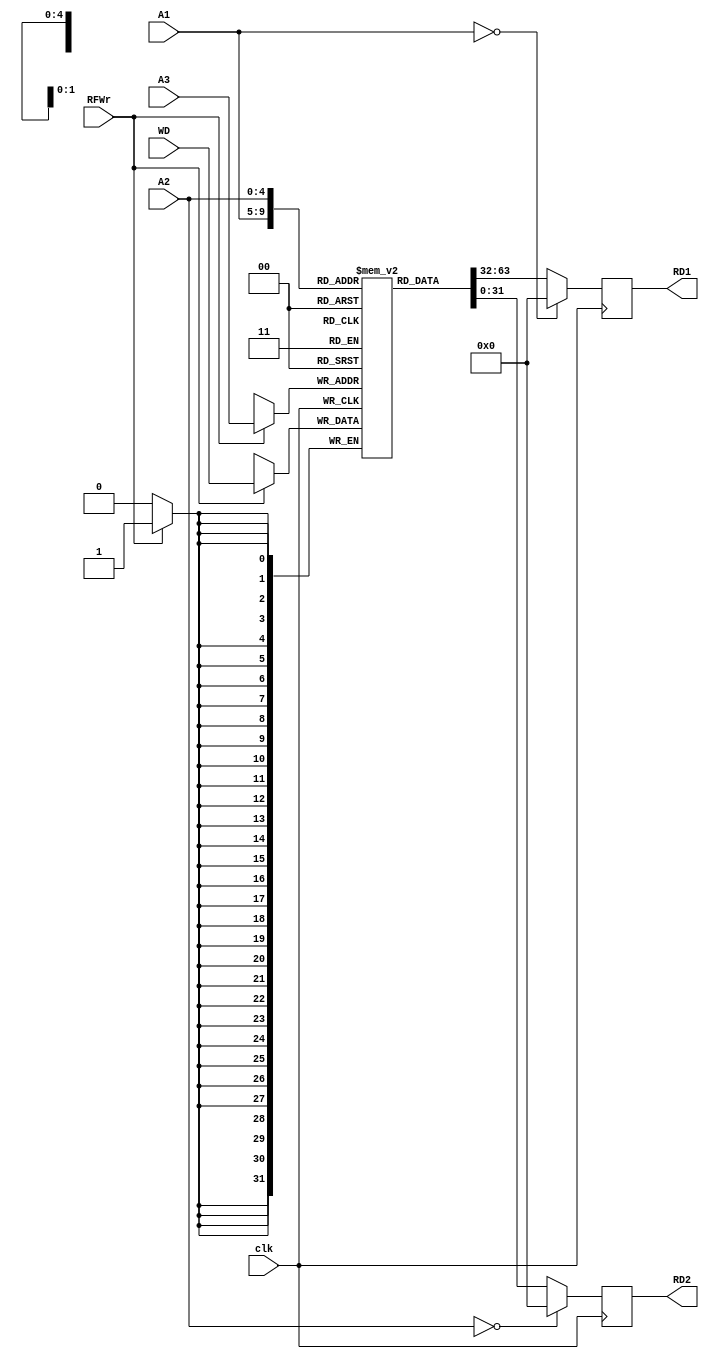
module RF( A1, A2, A3, WD, clk, RFWr, RD1, RD2 );
    
   input  [4:0]  A1, A2, A3;
   input  [31:0] WD;
   input         clk;
   input         RFWr;
   output [31:0] RD1, RD2;
   
   reg [31:0] rf[31:0];
  reg [31:0] RD1, RD2;
   integer i;
   initial begin
       for (i=0; i<32; i=i+1)
          rf[i] = 0;
   end
   
   always @(posedge clk) begin //?????????
      if (RFWr)
         rf[A3] <= WD;
   end // end always
   always @ (negedge clk) begin //?????????
   RD1 = (A1 == 0) ? 32'd0 : rf[A1];
   RD2 = (A2 == 0) ? 32'd0 : rf[A2];
 end
endmodule